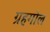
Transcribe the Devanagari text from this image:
ग्रहगोल